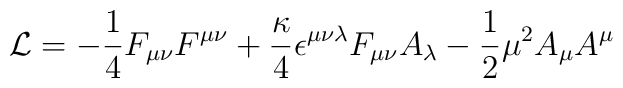
{\cal L} = -{1\over 4} F_{\mu\nu} F^{\mu\nu}+ {\kappa\over 4} \epsilon^{\mu\nu\lambda} F_{\mu\nu} A_\lambda-{1\over2} \mu^2 A_\mu A^\mu